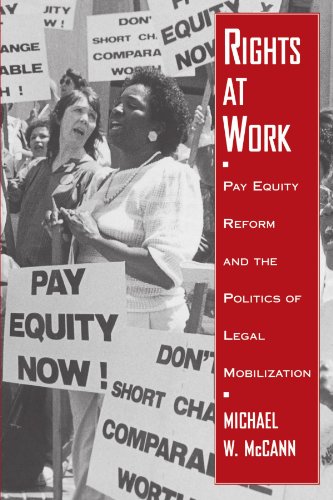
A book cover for Rights at Work: Pay Equity Reform and the Politics of Legal Mobilization (Chicago Series in Law and Society); Michael W. McCann; Law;